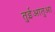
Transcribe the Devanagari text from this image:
तुईआतुआ